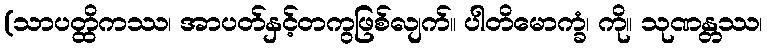
(သာပတ္ထိကဿ၊ အာပတ်နှင့်တကွဖြစ်လျက်။ ပါတိမောက္ခံ၊ ကို။ သုဏန္တဿ၊